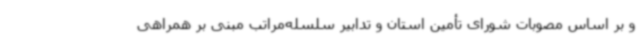
و بر اساس مصوبات شورای تأمین استان و تدابیر سلسله‌مراتب مبنی بر همراهی